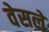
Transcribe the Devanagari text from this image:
वेसलें